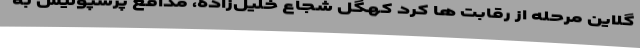
گلاین مرحله از رقابت ها کرد کهگل شجاع خلیل‌زاده، مدافع پرسپولیس به